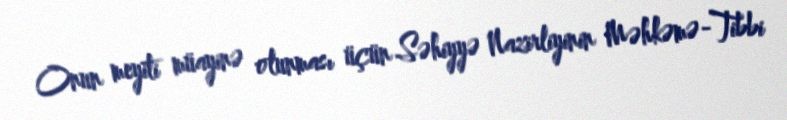
Onun meyiti müayinə olunması üçün Səhiyyə Nazirliyinin Məhkəmə-Tibbi